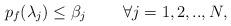
LaTeX: \begin{align*} p_{f} (\lambda _{j} )\le \beta _{j} \; \; \; \; \; \; \; \; \forall j=1,2,..,N, \end{align*}